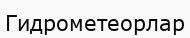
Гидрометеорлар